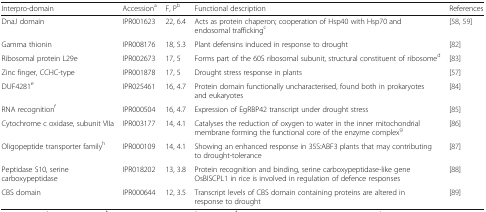
| Interpro-domain | Accessiona | F, Pb | Functional description | References |
 | --- | --- | --- | --- | --- |
 | DnaJ domain | IPR001623 | 22, 6.4 | Acts as protein chaperon; cooperation of Hsp40 with Hsp70 and endosomal traffickingc | [58, 59] |
 | Gamma thionin | IPR008176 | 18, 5.3 | Plant defensins induced in response to drought | [82] |
 | Ribosomal protein L29e | IPR002673 | 17, 5 | Forms part of the 60S ribosomal subunit, structural constituent of ribosomed | [83] |
 | Zinc finger, CCHC-type | IPR001878 | 17, 5 | Drought stress response in plants | [57] |
 | DUF4281e | IPR025461 | 16, 4.7 | Protein domain functionally uncharacterised, found both in prokaryotes and eukaryotes | [84] |
 | RNA recognitionf | IPR000504 | 16, 4.7 | Expression of EgRBP42 transcript under drought stress | [85] |
 | Cytochrome c oxidase, subunit VIIa | IPR003177 | 14, 4.1 | Catalyses the reduction of oxygen to water in the inner mitochondrial membrane forming the functional core of the enzyme complexg | [86] |
 | Oligopeptide transporter familyh | IPR000109 | 14, 4.1 | Showing an enhanced response in 35S:ABF3 plants that may contributing to drought-tolerance | [87] |
 | Peptidase S10, serine carboxypeptidase | IPR018202 | 13, 3.8 | Protein recognition and binding, serine carboxypeptidase-like gene OsBISCPL1 in rice is involved in regulation of defence responses | [88] |
 | CBS domain | IPR000644 | 12, 3.5 | Transcript levels of CBS domain containing proteins are altered in response to drought | [89] |